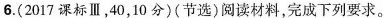
6.(2017课标Ⅲ，40，10分)(节选)阅读材料，完成下列要求。